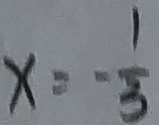
x = - \frac { 1 } { 3 }